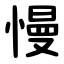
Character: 慢